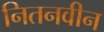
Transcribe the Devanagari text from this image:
नितनवीन